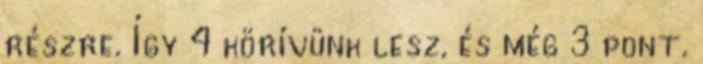
részre. Így 4 körívünk lesz, és még 3 pont.